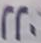
220